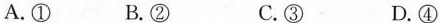
A.① B.② C.③ D.④